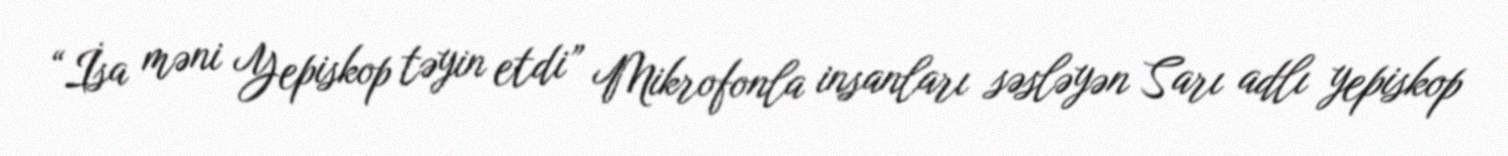
“İsa məni Yepiskop təyin etdi” Mikrofonla insanları səsləyən Sarı adlı yepiskop